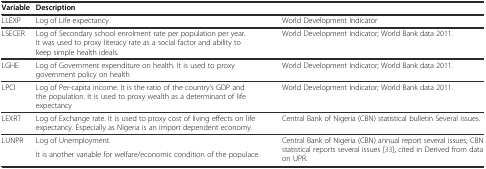
<table><thead><tr><td><b>Variable</b></td><td><b>Description</b></td><td>[EMPTY_CELL]</td></tr></thead><tbody><tr><td>LLEXP</td><td>Log of Life expectancy</td><td>World Development Indicator</td></tr><tr><td>LSECER</td><td>Log of Secondary school enrolment rate per population per year. It was used to proxy literacy rate as a social factor and ability to keep simple health ideals.</td><td>World Development Indicator; World Bank data 2011.</td></tr><tr><td>LGHE</td><td>Log of Government expenditure on health. It is used to proxy government policy on health</td><td>World Development Indicator; World Bank data 2011.</td></tr><tr><td>LPCI</td><td>Log of Per-capita income. It is the ratio of the country’s GDP and the population. It is used to proxy wealth as a determinant of life expectancy</td><td>World Development Indicator; World Bank data 2011.</td></tr><tr><td>LEXRT</td><td>Log of Exchange rate. It is used to proxy cost of living effects on life expectancy. Especially as Nigeria is an import dependent economy.</td><td>Central Bank of Nigeria (CBN) statistical bulletin Several issues.</td></tr><tr><td rowspan="2">LUNPR</td><td>Log of Unemployment.</td><td rowspan="2">Central Bank of Nigeria (CBN) annual report several issues, CBN statistical reports several issues [33], cited in Derived from data on UPR.</td></tr><tr><td>It is another variable for welfare/economic condition of the populace.</td></tr></tbody></table>